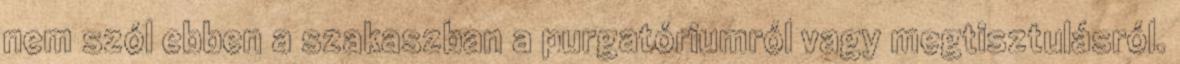
nem szól ebben a szakaszban a purgatóriumról vagy megtisztulásról.